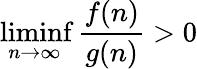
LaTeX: \operatorname*{liminf}_{n\to\infty}{\frac{f(n)}{g(n)}}>0